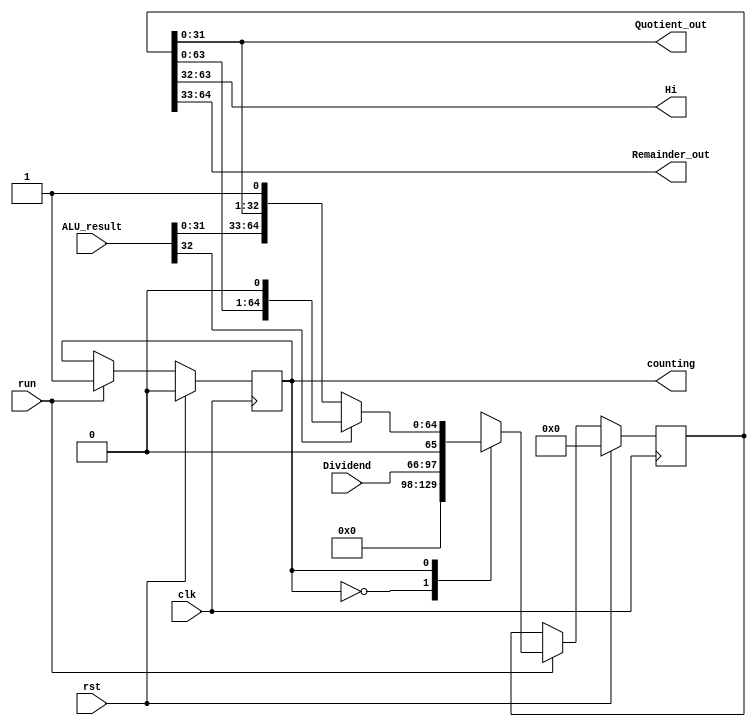
module Remainder (
    input clk,
    input rst,
    input run,
    input [31:0] Dividend,
    input [32:0] ALU_result,
    output [31:0] Hi,
    output [31:0] Remainder_out,
    output [31:0] Quotient_out,
    output counting
);
    reg state;
    reg [64:0] Remainder;

    assign Hi = Remainder[63:32];
    assign Remainder_out = Remainder[64:33];
    assign Quotient_out = Remainder[31:0];
    assign counting = state;

    always @(posedge clk) begin
        if (rst) begin
            state <= 0;
            Remainder <= 0;
        end
        else if (run) begin
            case (state)
                0: begin    // init state: Load Dividend into Remainder
                    Remainder <= {32'b0, Dividend, 1'b0};
                    state <= 1;
                end
                1: begin    // run state: Divide
                    if (ALU_result[32]) begin
                        Remainder <= {Remainder[63:32], Remainder[31:0], 1'b0};
                    end
                    else begin
                        Remainder <= {ALU_result[31:0], Remainder[31:0], 1'b1};
                    end
                    state <= 1;
                end
            endcase
        end
    end

endmodule